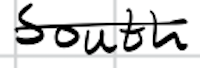
Text: South
Cross-out: single-line
Writing tool: digital_black